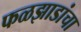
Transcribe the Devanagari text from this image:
फळझाडांचा